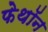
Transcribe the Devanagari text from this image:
फेथॉन